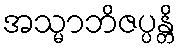
အသ္မာဘိဇပ္ပန္တိ